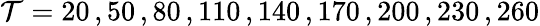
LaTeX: \mathcal{T}=20\, ,50\, ,80\, ,110\, ,140\, ,170\, ,200\, ,230\, ,260